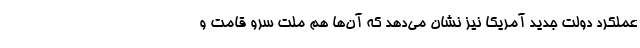
عملکرد دولت جدید آمریکا نیز نشان می‌دهد که آن‌ها هم ملت سرو قامت و